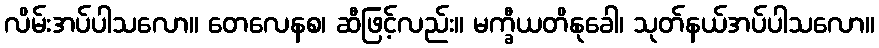
လိမ်းအပ်ပါသလော။ တေလေနစ၊ ဆီဖြင့်လည်း။ မက္ခီယတိနုခေါ၊ သုတ်နယ်အပ်ပါသလော။